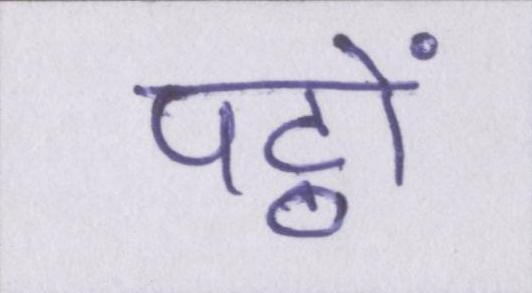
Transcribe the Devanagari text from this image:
पट्ठों